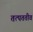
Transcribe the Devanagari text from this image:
तत्पततीव